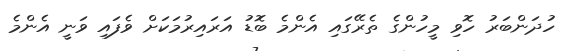
ހުދަންބަރު ހޮވި މީހުންގެ ތެރޭގައި އެންމެ ބޮޑު އަރައިރުމަކަށް ވެފައި ވަނީ އެންމެ